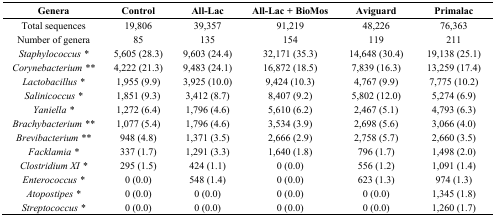
| Genera | Control | All-Lac | All-Lac + BioMos | Aviguard | Primalac |
 | --- | --- | --- | --- | --- | --- |
 | Total sequences | 19,806 | 39,357 | 91,219 | 48,226 | 76,363 |
 | Number of genera | 85 | 135 | 154 | 119 | 211 |
 | Staphylococcus * | 5,605 (28.3) | 9,603 (24.4) | 32,171 (35.3) | 14,648 (30.4) | 19,138 (25.1) |
 | Corynebacterium ** | 4,222 (21.3) | 9,483 (24.1) | 16,872 (18.5) | 7,839 (16.3) | 13,259 (17.4) |
 | Lactobacillus * | 1,955 (9.9) | 3,925 (10.0) | 9,424 (10.3) | 4,767 (9.9) | 7,775 (10.2) |
 | Salinicoccus * | 1,851 (9.3) | 3,412 (8.7) | 8,407 (9.2) | 5,802 (12.0) | 5,274 (6.9) |
 | Yaniella * | 1,272 (6.4) | 1,796 (4.6) | 5,610 (6.2) | 2,467 (5.1) | 4,793 (6.3) |
 | Brachybacterium ** | 1,077 (5.4) | 1,796 (4.6) | 3,534 (3.9) | 2,698 (5.6) | 3,066 (4.0) |
 | Brevibacterium ** | 948 (4.8) | 1,371 (3.5) | 2,666 (2.9) | 2,758 (5.7) | 2,660 (3.5) |
 | Facklamia * | 337 (1.7) | 1,291 (3.3) | 1,640 (1.8) | 796 (1.7) | 1,498 (2.0) |
 | Clostridium XI * | 295 (1.5) | 424 (1.1) | 0 (0.0) | 556 (1.2) | 1,091 (1.4) |
 | Enterococcus * | 0 (0.0) | 548 (1.4) | 0 (0.0) | 623 (1.3) | 974 (1.3) |
 | Atopostipes * | 0 (0.0) | 0 (0.0) | 0 (0.0) | 0 (0.0) | 1,345 (1.8) |
 | Streptococcus * | 0 (0.0) | 0 (0.0) | 0 (0.0) | 0 (0.0) | 1,260 (1.7) |